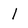
Character: l